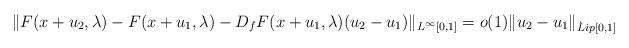
LaTeX: \begin{align*}\|F(x+u_2,\lambda)-F(x+u_1,\lambda)-D_fF(x+u_1,\lambda)(u_2-u_1)\|_{L^\infty[0,1]}=o(1)\|u_2-u_1\|_{\dot Lip[0,1]}\end{align*}